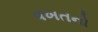
વખતનો